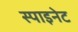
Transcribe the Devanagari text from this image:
स्पाइनेट